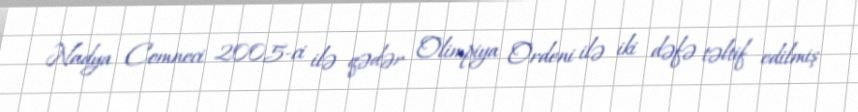
Nadya Comneci 2005-ci ilə qədər Olimpiya Ordeni ilə iki dəfə təltif edilmiş